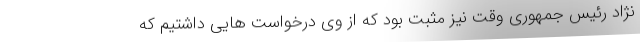
نژاد رئیس جمهوری وقت نیز مثبت بود که از وی درخواست هایی داشتیم که